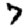
Digit: 7